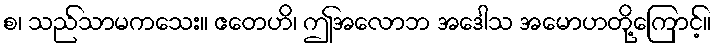
စ၊ သည်သာမကသေး။ ဧတေဟိ၊ ဤအလောဘ အဒေါသ အမောဟတို့ကြောင့်။